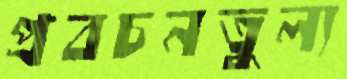
প্রবচনতুল্য